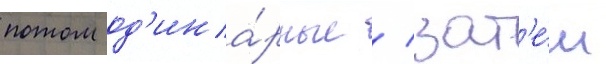
потом од'ина́рные / зат'е́м